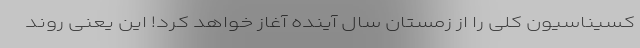
کسیناسیون کلی را از زمستان سال آینده آغاز خواهد کرد! این یعنی روند